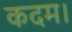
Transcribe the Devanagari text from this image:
कदम।